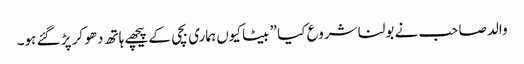
والد صاحب نے بولنا شروع کیا ” بیٹا کیوں ہماری بچی کے پیچھے ہاتھ دھو کر پڑ گئے ہو۔